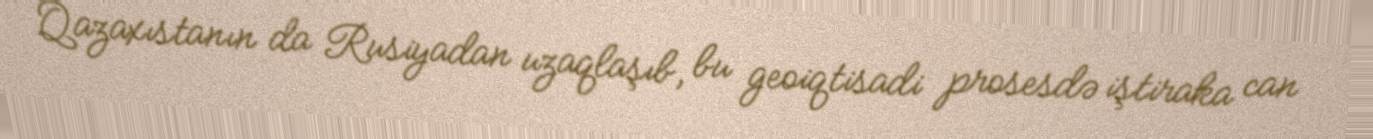
Qazaxıstanın da Rusiyadan uzaqlaşıb, bu geoiqtisadi prosesdə iştiraka can